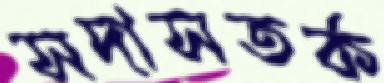
সদাসতর্ক